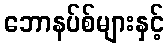
ဘောနပ်စ်များနှင့်